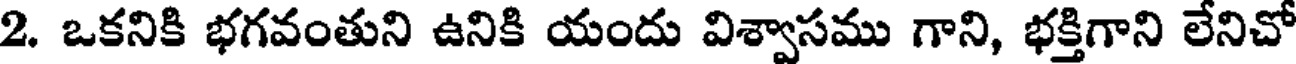
2. ఒకనికి భగవంతుని ఉనికి యందు విశ్వాసము గాని, భక్తిగాని లేనిచో